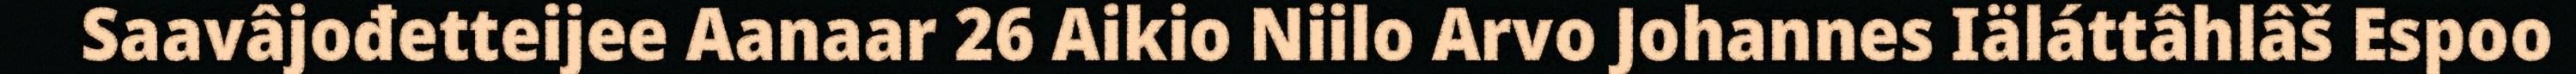
Saavâjođetteijee Aanaar 26 Aikio Niilo Arvo Johannes Iäláttâhlâš Espoo